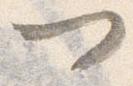
門